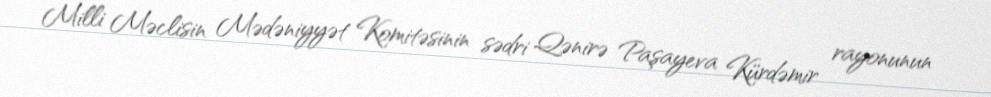
Milli Məclisin Mədəniyyət Komitəsinin sədri Qənirə Paşayeva Kürdəmir rayonunun